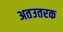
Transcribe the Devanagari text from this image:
अतउतरक